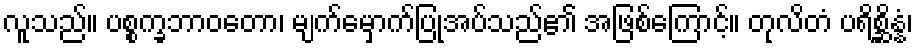
လူသည်။ ပစ္စက္ခဘာဝတော၊ မျက်မှောက်ပြုအပ်သည်၏ အဖြစ်ကြောင့်။ တုလိတံ ပရိစ္ဆိန္နံ၊